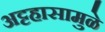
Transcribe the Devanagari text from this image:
अट्टहासामुळे